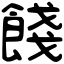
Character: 餞